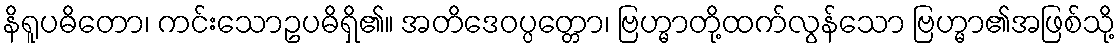
နိရူပဓိတော၊ ကင်းသောဥပဓိရှိ၏။ အတိဒေဝပ္ပတ္တော၊ ဗြဟ္မာတို့ထက်လွန်သော ဗြဟ္မာ၏အဖြစ်သို့